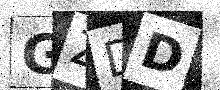
Text: GZDD